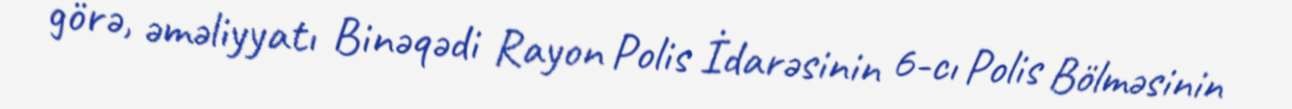
görə, əməliyyatı Binəqədi Rayon Polis İdarəsinin 6-cı Polis Bölməsinin